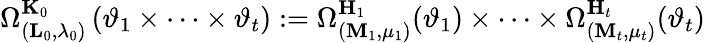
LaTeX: \Omega_{({\mathbf{L}}_{0},\lambda_{0})}^{{\mathbf{K}}_{0}}\left(\vartheta_{1}\times\dots\times\vartheta_{t}\right):=\Omega_{({\mathbf{M}}_{1},\mu_{1})}^{{\mathbf{H}}_{1}}(\vartheta_{1})\times\dots\times\Omega_{({\mathbf{M}}_{t},\mu_{t})}^{{\mathbf{H}}_{t}}(\vartheta_{t})